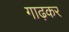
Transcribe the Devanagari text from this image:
गाढ़कर